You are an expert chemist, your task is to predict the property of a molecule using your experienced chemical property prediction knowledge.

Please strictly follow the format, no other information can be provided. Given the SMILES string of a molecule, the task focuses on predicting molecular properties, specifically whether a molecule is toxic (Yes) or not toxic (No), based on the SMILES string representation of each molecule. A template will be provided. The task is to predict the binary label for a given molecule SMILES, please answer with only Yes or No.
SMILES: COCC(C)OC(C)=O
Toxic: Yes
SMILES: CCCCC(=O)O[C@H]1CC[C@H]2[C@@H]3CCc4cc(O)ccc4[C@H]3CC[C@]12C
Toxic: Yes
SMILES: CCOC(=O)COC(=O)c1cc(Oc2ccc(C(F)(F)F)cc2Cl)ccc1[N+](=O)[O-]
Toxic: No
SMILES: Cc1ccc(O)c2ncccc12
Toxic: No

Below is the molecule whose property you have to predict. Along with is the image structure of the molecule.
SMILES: CCCCC[C@H](O)/C=C/[C@H]1[C@H](O)CC(=O)[C@@H]1CCCCCCC(=O)O
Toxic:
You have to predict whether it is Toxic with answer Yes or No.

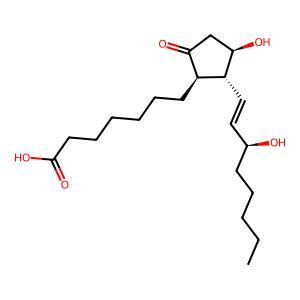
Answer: No